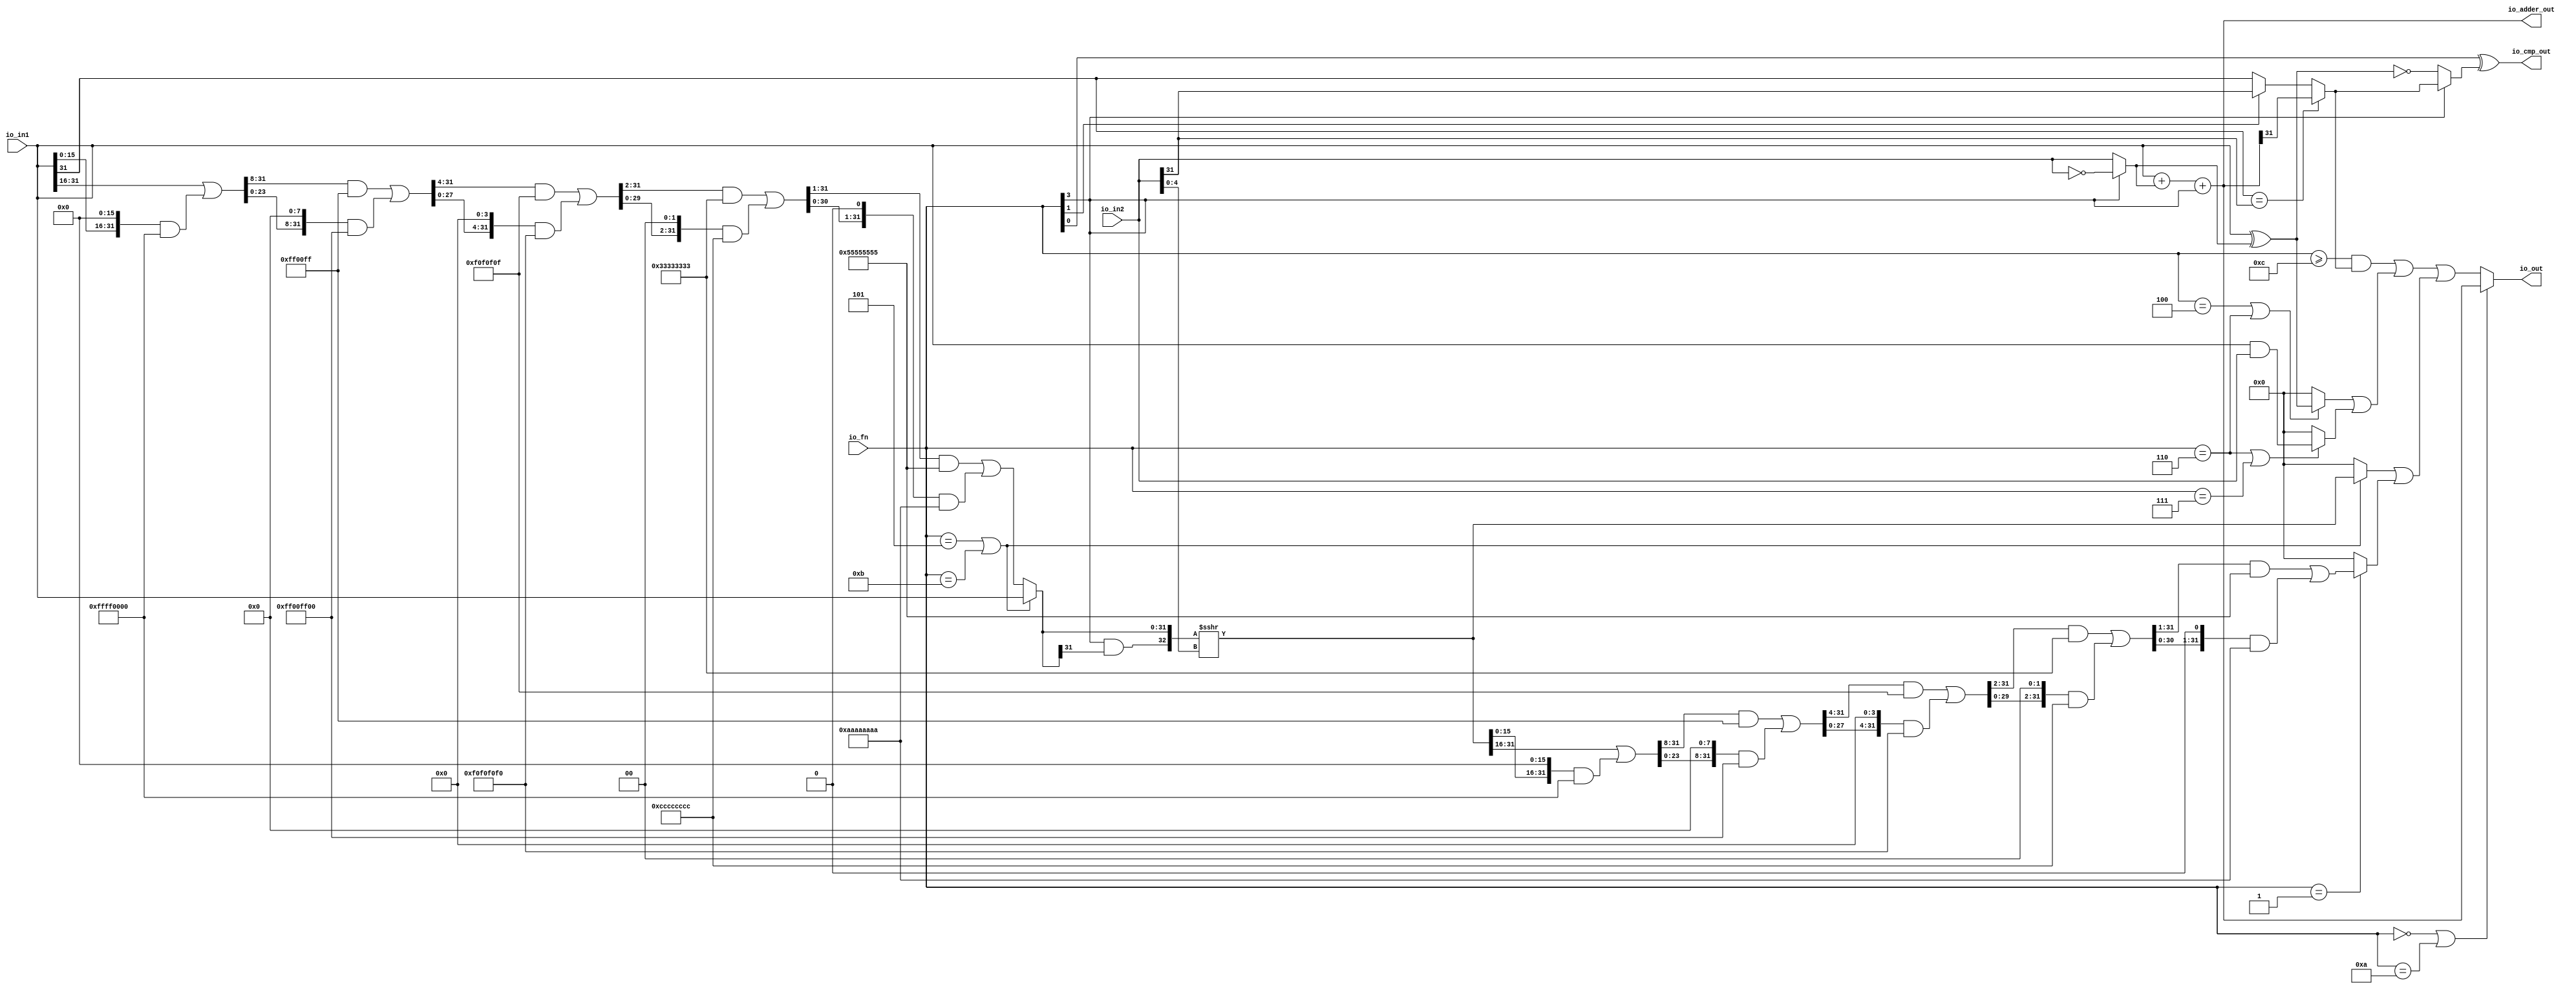
// Copyright (c) 2019, Microchip Corporation
// All rights reserved.
//
// Redistribution and use in source and binary forms, with or without
// modification, are permitted provided that the following conditions are met:
//     * Redistributions of source code must retain the above copyright
//       notice, this list of conditions and the following disclaimer.
//     * Redistributions in binary form must reproduce the above copyright
//       notice, this list of conditions and the following disclaimer in the
//       documentation and/or other materials provided with the distribution.
//     * Neither the name of the <organization> nor the
//       names of its contributors may be used to endorse or promote products
//       derived from this software without specific prior written permission.
//
// THIS SOFTWARE IS PROVIDED BY THE COPYRIGHT HOLDERS AND CONTRIBUTORS "AS IS" AND
// ANY EXPRESS OR IMPLIED WARRANTIES, INCLUDING, BUT NOT LIMITED TO, THE IMPLIED
// WARRANTIES OF MERCHANTABILITY AND FITNESS FOR A PARTICULAR PURPOSE ARE
// DISCLAIMED. IN NO EVENT SHALL MICROSEMI CORPORATIONM BE LIABLE FOR ANY
// DIRECT, INDIRECT, INCIDENTAL, SPECIAL, EXEMPLARY, OR CONSEQUENTIAL DAMAGES
// (INCLUDING, BUT NOT LIMITED TO, PROCUREMENT OF SUBSTITUTE GOODS OR SERVICES;
// LOSS OF USE, DATA, OR PROFITS; OR BUSINESS INTERRUPTION) HOWEVER CAUSED AND
// ON ANY THEORY OF LIABILITY, WHETHER IN CONTRACT, STRICT LIABILITY, OR TORT
// (INCLUDING NEGLIGENCE OR OTHERWISE) ARISING IN ANY WAY OUT OF THE USE OF THIS
// SOFTWARE, EVEN IF ADVISED OF THE POSSIBILITY OF SUCH DAMAGE.
//
// APACHE LICENSE
// Copyright (c) 2019, Microchip Corporation 
//
// Licensed under the Apache License, Version 2.0 (the "License");
// you may not use this file except in compliance with the License.
// You may obtain a copy of the License at
//
//    http://www.apache.org/licenses/LICENSE-2.0
//
// Unless required by applicable law or agreed to in writing, software
// distributed under the License is distributed on an "AS IS" BASIS,
// WITHOUT WARRANTIES OR CONDITIONS OF ANY KIND, either express or implied.
// See the License for the specific language governing permissions and
// limitations under the License.
//
// Description:
//
// SVN Revision Information:
// SVN $Revision: $
// SVN $Date: $
//
// Resolved SARs
// SAR      Date     Who   Description
//
// Notes:
//
// ****************************************************************************/
`ifndef RANDOMIZE_REG_INIT 
	 `define RANDOMIZE_REG_INIT 
 `endif
`ifndef RANDOMIZE_MEM_INIT 
	 `define RANDOMIZE_MEM_INIT 
 `endif
`ifndef RANDOMIZE 
	 `define RANDOMIZE 
`endif

`timescale 1ns/10ps
module MIV_RV32IMAF_L1_AHB_C0_MIV_RV32IMAF_L1_AHB_C0_0_MIV_RV32IMAF_L1_AHB_ALU( // @[:freechips.rocketchip.system.MivRV32ImafL1AhbConfig.fir@112576.2]
  input  [3:0]  io_fn, // @[:freechips.rocketchip.system.MivRV32ImafL1AhbConfig.fir@112579.4]
  input  [31:0] io_in2, // @[:freechips.rocketchip.system.MivRV32ImafL1AhbConfig.fir@112579.4]
  input  [31:0] io_in1, // @[:freechips.rocketchip.system.MivRV32ImafL1AhbConfig.fir@112579.4]
  output [31:0] io_out, // @[:freechips.rocketchip.system.MivRV32ImafL1AhbConfig.fir@112579.4]
  output [31:0] io_adder_out, // @[:freechips.rocketchip.system.MivRV32ImafL1AhbConfig.fir@112579.4]
  output        io_cmp_out // @[:freechips.rocketchip.system.MivRV32ImafL1AhbConfig.fir@112579.4]
);
  wire  _T_9; // @[ALU.scala 40:29:freechips.rocketchip.system.MivRV32ImafL1AhbConfig.fir@112584.4]
  wire [31:0] _T_10; // @[ALU.scala 62:35:freechips.rocketchip.system.MivRV32ImafL1AhbConfig.fir@112585.4]
  wire [31:0] in2_inv; // @[ALU.scala 62:20:freechips.rocketchip.system.MivRV32ImafL1AhbConfig.fir@112586.4]
  wire [31:0] in1_xor_in2; // @[ALU.scala 63:28:freechips.rocketchip.system.MivRV32ImafL1AhbConfig.fir@112587.4]
  wire [32:0] _T_11; // @[ALU.scala 64:26:freechips.rocketchip.system.MivRV32ImafL1AhbConfig.fir@112588.4]
  wire [31:0] _T_12; // @[ALU.scala 64:26:freechips.rocketchip.system.MivRV32ImafL1AhbConfig.fir@112589.4]
  wire [31:0] _GEN_0; // @[ALU.scala 64:36:freechips.rocketchip.system.MivRV32ImafL1AhbConfig.fir@112591.4]
  wire [32:0] _T_14; // @[ALU.scala 64:36:freechips.rocketchip.system.MivRV32ImafL1AhbConfig.fir@112591.4]
  wire [31:0] _T_15; // @[ALU.scala 64:36:freechips.rocketchip.system.MivRV32ImafL1AhbConfig.fir@112592.4]
  wire  _T_16; // @[ALU.scala 68:15:freechips.rocketchip.system.MivRV32ImafL1AhbConfig.fir@112594.4]
  wire  _T_17; // @[ALU.scala 68:34:freechips.rocketchip.system.MivRV32ImafL1AhbConfig.fir@112595.4]
  wire  _T_18; // @[ALU.scala 68:24:freechips.rocketchip.system.MivRV32ImafL1AhbConfig.fir@112596.4]
  wire  _T_19; // @[ALU.scala 68:56:freechips.rocketchip.system.MivRV32ImafL1AhbConfig.fir@112597.4]
  wire  _T_20; // @[ALU.scala 42:35:freechips.rocketchip.system.MivRV32ImafL1AhbConfig.fir@112598.4]
  wire  _T_23; // @[ALU.scala 69:8:freechips.rocketchip.system.MivRV32ImafL1AhbConfig.fir@112601.4]
  wire  slt; // @[ALU.scala 68:8:freechips.rocketchip.system.MivRV32ImafL1AhbConfig.fir@112602.4]
  wire  _T_24; // @[ALU.scala 43:35:freechips.rocketchip.system.MivRV32ImafL1AhbConfig.fir@112603.4]
  wire  _T_27; // @[ALU.scala 44:26:freechips.rocketchip.system.MivRV32ImafL1AhbConfig.fir@112605.4]
  wire  _T_29; // @[ALU.scala 70:68:freechips.rocketchip.system.MivRV32ImafL1AhbConfig.fir@112606.4]
  wire  _T_30; // @[ALU.scala 70:41:freechips.rocketchip.system.MivRV32ImafL1AhbConfig.fir@112607.4]
  wire  _T_31; // @[ALU.scala 70:36:freechips.rocketchip.system.MivRV32ImafL1AhbConfig.fir@112608.4]
  wire [4:0] shamt; // @[ALU.scala 74:28:freechips.rocketchip.system.MivRV32ImafL1AhbConfig.fir@112610.4]
  wire  _T_33; // @[ALU.scala 82:24:freechips.rocketchip.system.MivRV32ImafL1AhbConfig.fir@112611.4]
  wire  _T_35; // @[ALU.scala 82:44:freechips.rocketchip.system.MivRV32ImafL1AhbConfig.fir@112612.4]
  wire  _T_36; // @[ALU.scala 82:35:freechips.rocketchip.system.MivRV32ImafL1AhbConfig.fir@112613.4]
  wire [15:0] _T_41; // @[Bitwise.scala 103:21:freechips.rocketchip.system.MivRV32ImafL1AhbConfig.fir@112616.4]
  wire [31:0] _T_42; // @[Bitwise.scala 103:31:freechips.rocketchip.system.MivRV32ImafL1AhbConfig.fir@112617.4]
  wire [15:0] _T_43; // @[Bitwise.scala 103:46:freechips.rocketchip.system.MivRV32ImafL1AhbConfig.fir@112618.4]
  wire [31:0] _GEN_1; // @[Bitwise.scala 103:65:freechips.rocketchip.system.MivRV32ImafL1AhbConfig.fir@112619.4]
  wire [31:0] _T_44; // @[Bitwise.scala 103:65:freechips.rocketchip.system.MivRV32ImafL1AhbConfig.fir@112619.4]
  wire [31:0] _T_46; // @[Bitwise.scala 103:75:freechips.rocketchip.system.MivRV32ImafL1AhbConfig.fir@112621.4]
  wire [31:0] _T_47; // @[Bitwise.scala 103:39:freechips.rocketchip.system.MivRV32ImafL1AhbConfig.fir@112622.4]
  wire [23:0] _T_51; // @[Bitwise.scala 103:21:freechips.rocketchip.system.MivRV32ImafL1AhbConfig.fir@112626.4]
  wire [31:0] _GEN_2; // @[Bitwise.scala 103:31:freechips.rocketchip.system.MivRV32ImafL1AhbConfig.fir@112627.4]
  wire [31:0] _T_52; // @[Bitwise.scala 103:31:freechips.rocketchip.system.MivRV32ImafL1AhbConfig.fir@112627.4]
  wire [23:0] _T_53; // @[Bitwise.scala 103:46:freechips.rocketchip.system.MivRV32ImafL1AhbConfig.fir@112628.4]
  wire [31:0] _GEN_3; // @[Bitwise.scala 103:65:freechips.rocketchip.system.MivRV32ImafL1AhbConfig.fir@112629.4]
  wire [31:0] _T_54; // @[Bitwise.scala 103:65:freechips.rocketchip.system.MivRV32ImafL1AhbConfig.fir@112629.4]
  wire [31:0] _T_56; // @[Bitwise.scala 103:75:freechips.rocketchip.system.MivRV32ImafL1AhbConfig.fir@112631.4]
  wire [31:0] _T_57; // @[Bitwise.scala 103:39:freechips.rocketchip.system.MivRV32ImafL1AhbConfig.fir@112632.4]
  wire [27:0] _T_61; // @[Bitwise.scala 103:21:freechips.rocketchip.system.MivRV32ImafL1AhbConfig.fir@112636.4]
  wire [31:0] _GEN_4; // @[Bitwise.scala 103:31:freechips.rocketchip.system.MivRV32ImafL1AhbConfig.fir@112637.4]
  wire [31:0] _T_62; // @[Bitwise.scala 103:31:freechips.rocketchip.system.MivRV32ImafL1AhbConfig.fir@112637.4]
  wire [27:0] _T_63; // @[Bitwise.scala 103:46:freechips.rocketchip.system.MivRV32ImafL1AhbConfig.fir@112638.4]
  wire [31:0] _GEN_5; // @[Bitwise.scala 103:65:freechips.rocketchip.system.MivRV32ImafL1AhbConfig.fir@112639.4]
  wire [31:0] _T_64; // @[Bitwise.scala 103:65:freechips.rocketchip.system.MivRV32ImafL1AhbConfig.fir@112639.4]
  wire [31:0] _T_66; // @[Bitwise.scala 103:75:freechips.rocketchip.system.MivRV32ImafL1AhbConfig.fir@112641.4]
  wire [31:0] _T_67; // @[Bitwise.scala 103:39:freechips.rocketchip.system.MivRV32ImafL1AhbConfig.fir@112642.4]
  wire [29:0] _T_71; // @[Bitwise.scala 103:21:freechips.rocketchip.system.MivRV32ImafL1AhbConfig.fir@112646.4]
  wire [31:0] _GEN_6; // @[Bitwise.scala 103:31:freechips.rocketchip.system.MivRV32ImafL1AhbConfig.fir@112647.4]
  wire [31:0] _T_72; // @[Bitwise.scala 103:31:freechips.rocketchip.system.MivRV32ImafL1AhbConfig.fir@112647.4]
  wire [29:0] _T_73; // @[Bitwise.scala 103:46:freechips.rocketchip.system.MivRV32ImafL1AhbConfig.fir@112648.4]
  wire [31:0] _GEN_7; // @[Bitwise.scala 103:65:freechips.rocketchip.system.MivRV32ImafL1AhbConfig.fir@112649.4]
  wire [31:0] _T_74; // @[Bitwise.scala 103:65:freechips.rocketchip.system.MivRV32ImafL1AhbConfig.fir@112649.4]
  wire [31:0] _T_76; // @[Bitwise.scala 103:75:freechips.rocketchip.system.MivRV32ImafL1AhbConfig.fir@112651.4]
  wire [31:0] _T_77; // @[Bitwise.scala 103:39:freechips.rocketchip.system.MivRV32ImafL1AhbConfig.fir@112652.4]
  wire [30:0] _T_81; // @[Bitwise.scala 103:21:freechips.rocketchip.system.MivRV32ImafL1AhbConfig.fir@112656.4]
  wire [31:0] _GEN_8; // @[Bitwise.scala 103:31:freechips.rocketchip.system.MivRV32ImafL1AhbConfig.fir@112657.4]
  wire [31:0] _T_82; // @[Bitwise.scala 103:31:freechips.rocketchip.system.MivRV32ImafL1AhbConfig.fir@112657.4]
  wire [30:0] _T_83; // @[Bitwise.scala 103:46:freechips.rocketchip.system.MivRV32ImafL1AhbConfig.fir@112658.4]
  wire [31:0] _GEN_9; // @[Bitwise.scala 103:65:freechips.rocketchip.system.MivRV32ImafL1AhbConfig.fir@112659.4]
  wire [31:0] _T_84; // @[Bitwise.scala 103:65:freechips.rocketchip.system.MivRV32ImafL1AhbConfig.fir@112659.4]
  wire [31:0] _T_86; // @[Bitwise.scala 103:75:freechips.rocketchip.system.MivRV32ImafL1AhbConfig.fir@112661.4]
  wire [31:0] _T_87; // @[Bitwise.scala 103:39:freechips.rocketchip.system.MivRV32ImafL1AhbConfig.fir@112662.4]
  wire [31:0] shin; // @[ALU.scala 82:17:freechips.rocketchip.system.MivRV32ImafL1AhbConfig.fir@112663.4]
  wire  _T_89; // @[ALU.scala 83:41:freechips.rocketchip.system.MivRV32ImafL1AhbConfig.fir@112665.4]
  wire  _T_90; // @[ALU.scala 83:35:freechips.rocketchip.system.MivRV32ImafL1AhbConfig.fir@112666.4]
  wire [32:0] _T_91; // @[Cat.scala 30:58:freechips.rocketchip.system.MivRV32ImafL1AhbConfig.fir@112667.4]
  wire [32:0] _T_92; // @[ALU.scala 83:57:freechips.rocketchip.system.MivRV32ImafL1AhbConfig.fir@112668.4]
  wire [32:0] _T_93; // @[ALU.scala 83:64:freechips.rocketchip.system.MivRV32ImafL1AhbConfig.fir@112669.4]
  wire [31:0] shout_r; // @[ALU.scala 83:73:freechips.rocketchip.system.MivRV32ImafL1AhbConfig.fir@112670.4]
  wire [15:0] _T_98; // @[Bitwise.scala 103:21:freechips.rocketchip.system.MivRV32ImafL1AhbConfig.fir@112673.4]
  wire [31:0] _T_99; // @[Bitwise.scala 103:31:freechips.rocketchip.system.MivRV32ImafL1AhbConfig.fir@112674.4]
  wire [15:0] _T_100; // @[Bitwise.scala 103:46:freechips.rocketchip.system.MivRV32ImafL1AhbConfig.fir@112675.4]
  wire [31:0] _GEN_10; // @[Bitwise.scala 103:65:freechips.rocketchip.system.MivRV32ImafL1AhbConfig.fir@112676.4]
  wire [31:0] _T_101; // @[Bitwise.scala 103:65:freechips.rocketchip.system.MivRV32ImafL1AhbConfig.fir@112676.4]
  wire [31:0] _T_103; // @[Bitwise.scala 103:75:freechips.rocketchip.system.MivRV32ImafL1AhbConfig.fir@112678.4]
  wire [31:0] _T_104; // @[Bitwise.scala 103:39:freechips.rocketchip.system.MivRV32ImafL1AhbConfig.fir@112679.4]
  wire [23:0] _T_108; // @[Bitwise.scala 103:21:freechips.rocketchip.system.MivRV32ImafL1AhbConfig.fir@112683.4]
  wire [31:0] _GEN_11; // @[Bitwise.scala 103:31:freechips.rocketchip.system.MivRV32ImafL1AhbConfig.fir@112684.4]
  wire [31:0] _T_109; // @[Bitwise.scala 103:31:freechips.rocketchip.system.MivRV32ImafL1AhbConfig.fir@112684.4]
  wire [23:0] _T_110; // @[Bitwise.scala 103:46:freechips.rocketchip.system.MivRV32ImafL1AhbConfig.fir@112685.4]
  wire [31:0] _GEN_12; // @[Bitwise.scala 103:65:freechips.rocketchip.system.MivRV32ImafL1AhbConfig.fir@112686.4]
  wire [31:0] _T_111; // @[Bitwise.scala 103:65:freechips.rocketchip.system.MivRV32ImafL1AhbConfig.fir@112686.4]
  wire [31:0] _T_113; // @[Bitwise.scala 103:75:freechips.rocketchip.system.MivRV32ImafL1AhbConfig.fir@112688.4]
  wire [31:0] _T_114; // @[Bitwise.scala 103:39:freechips.rocketchip.system.MivRV32ImafL1AhbConfig.fir@112689.4]
  wire [27:0] _T_118; // @[Bitwise.scala 103:21:freechips.rocketchip.system.MivRV32ImafL1AhbConfig.fir@112693.4]
  wire [31:0] _GEN_13; // @[Bitwise.scala 103:31:freechips.rocketchip.system.MivRV32ImafL1AhbConfig.fir@112694.4]
  wire [31:0] _T_119; // @[Bitwise.scala 103:31:freechips.rocketchip.system.MivRV32ImafL1AhbConfig.fir@112694.4]
  wire [27:0] _T_120; // @[Bitwise.scala 103:46:freechips.rocketchip.system.MivRV32ImafL1AhbConfig.fir@112695.4]
  wire [31:0] _GEN_14; // @[Bitwise.scala 103:65:freechips.rocketchip.system.MivRV32ImafL1AhbConfig.fir@112696.4]
  wire [31:0] _T_121; // @[Bitwise.scala 103:65:freechips.rocketchip.system.MivRV32ImafL1AhbConfig.fir@112696.4]
  wire [31:0] _T_123; // @[Bitwise.scala 103:75:freechips.rocketchip.system.MivRV32ImafL1AhbConfig.fir@112698.4]
  wire [31:0] _T_124; // @[Bitwise.scala 103:39:freechips.rocketchip.system.MivRV32ImafL1AhbConfig.fir@112699.4]
  wire [29:0] _T_128; // @[Bitwise.scala 103:21:freechips.rocketchip.system.MivRV32ImafL1AhbConfig.fir@112703.4]
  wire [31:0] _GEN_15; // @[Bitwise.scala 103:31:freechips.rocketchip.system.MivRV32ImafL1AhbConfig.fir@112704.4]
  wire [31:0] _T_129; // @[Bitwise.scala 103:31:freechips.rocketchip.system.MivRV32ImafL1AhbConfig.fir@112704.4]
  wire [29:0] _T_130; // @[Bitwise.scala 103:46:freechips.rocketchip.system.MivRV32ImafL1AhbConfig.fir@112705.4]
  wire [31:0] _GEN_16; // @[Bitwise.scala 103:65:freechips.rocketchip.system.MivRV32ImafL1AhbConfig.fir@112706.4]
  wire [31:0] _T_131; // @[Bitwise.scala 103:65:freechips.rocketchip.system.MivRV32ImafL1AhbConfig.fir@112706.4]
  wire [31:0] _T_133; // @[Bitwise.scala 103:75:freechips.rocketchip.system.MivRV32ImafL1AhbConfig.fir@112708.4]
  wire [31:0] _T_134; // @[Bitwise.scala 103:39:freechips.rocketchip.system.MivRV32ImafL1AhbConfig.fir@112709.4]
  wire [30:0] _T_138; // @[Bitwise.scala 103:21:freechips.rocketchip.system.MivRV32ImafL1AhbConfig.fir@112713.4]
  wire [31:0] _GEN_17; // @[Bitwise.scala 103:31:freechips.rocketchip.system.MivRV32ImafL1AhbConfig.fir@112714.4]
  wire [31:0] _T_139; // @[Bitwise.scala 103:31:freechips.rocketchip.system.MivRV32ImafL1AhbConfig.fir@112714.4]
  wire [30:0] _T_140; // @[Bitwise.scala 103:46:freechips.rocketchip.system.MivRV32ImafL1AhbConfig.fir@112715.4]
  wire [31:0] _GEN_18; // @[Bitwise.scala 103:65:freechips.rocketchip.system.MivRV32ImafL1AhbConfig.fir@112716.4]
  wire [31:0] _T_141; // @[Bitwise.scala 103:65:freechips.rocketchip.system.MivRV32ImafL1AhbConfig.fir@112716.4]
  wire [31:0] _T_143; // @[Bitwise.scala 103:75:freechips.rocketchip.system.MivRV32ImafL1AhbConfig.fir@112718.4]
  wire [31:0] shout_l; // @[Bitwise.scala 103:39:freechips.rocketchip.system.MivRV32ImafL1AhbConfig.fir@112719.4]
  wire [31:0] _T_150; // @[ALU.scala 85:18:freechips.rocketchip.system.MivRV32ImafL1AhbConfig.fir@112723.4]
  wire  _T_152; // @[ALU.scala 86:25:freechips.rocketchip.system.MivRV32ImafL1AhbConfig.fir@112724.4]
  wire [31:0] _T_154; // @[ALU.scala 86:18:freechips.rocketchip.system.MivRV32ImafL1AhbConfig.fir@112725.4]
  wire [31:0] shout; // @[ALU.scala 85:74:freechips.rocketchip.system.MivRV32ImafL1AhbConfig.fir@112726.4]
  wire  _T_156; // @[ALU.scala 89:25:freechips.rocketchip.system.MivRV32ImafL1AhbConfig.fir@112727.4]
  wire  _T_158; // @[ALU.scala 89:45:freechips.rocketchip.system.MivRV32ImafL1AhbConfig.fir@112728.4]
  wire  _T_159; // @[ALU.scala 89:36:freechips.rocketchip.system.MivRV32ImafL1AhbConfig.fir@112729.4]
  wire [31:0] _T_161; // @[ALU.scala 89:18:freechips.rocketchip.system.MivRV32ImafL1AhbConfig.fir@112730.4]
  wire  _T_165; // @[ALU.scala 90:44:freechips.rocketchip.system.MivRV32ImafL1AhbConfig.fir@112732.4]
  wire  _T_166; // @[ALU.scala 90:35:freechips.rocketchip.system.MivRV32ImafL1AhbConfig.fir@112733.4]
  wire [31:0] _T_167; // @[ALU.scala 90:63:freechips.rocketchip.system.MivRV32ImafL1AhbConfig.fir@112734.4]
  wire [31:0] _T_169; // @[ALU.scala 90:18:freechips.rocketchip.system.MivRV32ImafL1AhbConfig.fir@112735.4]
  wire [31:0] logic$; // @[ALU.scala 89:78:freechips.rocketchip.system.MivRV32ImafL1AhbConfig.fir@112736.4]
  wire  _T_171; // @[ALU.scala 41:30:freechips.rocketchip.system.MivRV32ImafL1AhbConfig.fir@112737.4]
  wire  _T_172; // @[ALU.scala 91:35:freechips.rocketchip.system.MivRV32ImafL1AhbConfig.fir@112738.4]
  wire [31:0] _GEN_19; // @[ALU.scala 91:43:freechips.rocketchip.system.MivRV32ImafL1AhbConfig.fir@112739.4]
  wire [31:0] _T_173; // @[ALU.scala 91:43:freechips.rocketchip.system.MivRV32ImafL1AhbConfig.fir@112739.4]
  wire [31:0] shift_logic; // @[ALU.scala 91:51:freechips.rocketchip.system.MivRV32ImafL1AhbConfig.fir@112740.4]
  wire  _T_175; // @[ALU.scala 92:23:freechips.rocketchip.system.MivRV32ImafL1AhbConfig.fir@112741.4]
  wire  _T_177; // @[ALU.scala 92:43:freechips.rocketchip.system.MivRV32ImafL1AhbConfig.fir@112742.4]
  wire  _T_178; // @[ALU.scala 92:34:freechips.rocketchip.system.MivRV32ImafL1AhbConfig.fir@112743.4]
  wire [31:0] out; // @[ALU.scala 92:16:freechips.rocketchip.system.MivRV32ImafL1AhbConfig.fir@112744.4]
  assign _T_9 = io_fn[3]; // @[ALU.scala 40:29:freechips.rocketchip.system.MivRV32ImafL1AhbConfig.fir@112584.4]
  assign _T_10 = ~ io_in2; // @[ALU.scala 62:35:freechips.rocketchip.system.MivRV32ImafL1AhbConfig.fir@112585.4]
  assign in2_inv = _T_9 ? _T_10 : io_in2; // @[ALU.scala 62:20:freechips.rocketchip.system.MivRV32ImafL1AhbConfig.fir@112586.4]
  assign in1_xor_in2 = io_in1 ^ in2_inv; // @[ALU.scala 63:28:freechips.rocketchip.system.MivRV32ImafL1AhbConfig.fir@112587.4]
  assign _T_11 = io_in1 + in2_inv; // @[ALU.scala 64:26:freechips.rocketchip.system.MivRV32ImafL1AhbConfig.fir@112588.4]
  assign _T_12 = _T_11[31:0]; // @[ALU.scala 64:26:freechips.rocketchip.system.MivRV32ImafL1AhbConfig.fir@112589.4]
  assign _GEN_0 = {{31'd0}, _T_9}; // @[ALU.scala 64:36:freechips.rocketchip.system.MivRV32ImafL1AhbConfig.fir@112591.4]
  assign _T_14 = _T_12 + _GEN_0; // @[ALU.scala 64:36:freechips.rocketchip.system.MivRV32ImafL1AhbConfig.fir@112591.4]
  assign _T_15 = _T_14[31:0]; // @[ALU.scala 64:36:freechips.rocketchip.system.MivRV32ImafL1AhbConfig.fir@112592.4]
  assign _T_16 = io_in1[31]; // @[ALU.scala 68:15:freechips.rocketchip.system.MivRV32ImafL1AhbConfig.fir@112594.4]
  assign _T_17 = io_in2[31]; // @[ALU.scala 68:34:freechips.rocketchip.system.MivRV32ImafL1AhbConfig.fir@112595.4]
  assign _T_18 = _T_16 == _T_17; // @[ALU.scala 68:24:freechips.rocketchip.system.MivRV32ImafL1AhbConfig.fir@112596.4]
  assign _T_19 = io_adder_out[31]; // @[ALU.scala 68:56:freechips.rocketchip.system.MivRV32ImafL1AhbConfig.fir@112597.4]
  assign _T_20 = io_fn[1]; // @[ALU.scala 42:35:freechips.rocketchip.system.MivRV32ImafL1AhbConfig.fir@112598.4]
  assign _T_23 = _T_20 ? _T_17 : _T_16; // @[ALU.scala 69:8:freechips.rocketchip.system.MivRV32ImafL1AhbConfig.fir@112601.4]
  assign slt = _T_18 ? _T_19 : _T_23; // @[ALU.scala 68:8:freechips.rocketchip.system.MivRV32ImafL1AhbConfig.fir@112602.4]
  assign _T_24 = io_fn[0]; // @[ALU.scala 43:35:freechips.rocketchip.system.MivRV32ImafL1AhbConfig.fir@112603.4]
  assign _T_27 = _T_9 == 1'h0; // @[ALU.scala 44:26:freechips.rocketchip.system.MivRV32ImafL1AhbConfig.fir@112605.4]
  assign _T_29 = in1_xor_in2 == 32'h0; // @[ALU.scala 70:68:freechips.rocketchip.system.MivRV32ImafL1AhbConfig.fir@112606.4]
  assign _T_30 = _T_27 ? _T_29 : slt; // @[ALU.scala 70:41:freechips.rocketchip.system.MivRV32ImafL1AhbConfig.fir@112607.4]
  assign _T_31 = _T_24 ^ _T_30; // @[ALU.scala 70:36:freechips.rocketchip.system.MivRV32ImafL1AhbConfig.fir@112608.4]
  assign shamt = io_in2[4:0]; // @[ALU.scala 74:28:freechips.rocketchip.system.MivRV32ImafL1AhbConfig.fir@112610.4]
  assign _T_33 = io_fn == 4'h5; // @[ALU.scala 82:24:freechips.rocketchip.system.MivRV32ImafL1AhbConfig.fir@112611.4]
  assign _T_35 = io_fn == 4'hb; // @[ALU.scala 82:44:freechips.rocketchip.system.MivRV32ImafL1AhbConfig.fir@112612.4]
  assign _T_36 = _T_33 | _T_35; // @[ALU.scala 82:35:freechips.rocketchip.system.MivRV32ImafL1AhbConfig.fir@112613.4]
  assign _T_41 = io_in1[31:16]; // @[Bitwise.scala 103:21:freechips.rocketchip.system.MivRV32ImafL1AhbConfig.fir@112616.4]
  assign _T_42 = {{16'd0}, _T_41}; // @[Bitwise.scala 103:31:freechips.rocketchip.system.MivRV32ImafL1AhbConfig.fir@112617.4]
  assign _T_43 = io_in1[15:0]; // @[Bitwise.scala 103:46:freechips.rocketchip.system.MivRV32ImafL1AhbConfig.fir@112618.4]
  assign _GEN_1 = {{16'd0}, _T_43}; // @[Bitwise.scala 103:65:freechips.rocketchip.system.MivRV32ImafL1AhbConfig.fir@112619.4]
  assign _T_44 = _GEN_1 << 16; // @[Bitwise.scala 103:65:freechips.rocketchip.system.MivRV32ImafL1AhbConfig.fir@112619.4]
  assign _T_46 = _T_44 & 32'hffff0000; // @[Bitwise.scala 103:75:freechips.rocketchip.system.MivRV32ImafL1AhbConfig.fir@112621.4]
  assign _T_47 = _T_42 | _T_46; // @[Bitwise.scala 103:39:freechips.rocketchip.system.MivRV32ImafL1AhbConfig.fir@112622.4]
  assign _T_51 = _T_47[31:8]; // @[Bitwise.scala 103:21:freechips.rocketchip.system.MivRV32ImafL1AhbConfig.fir@112626.4]
  assign _GEN_2 = {{8'd0}, _T_51}; // @[Bitwise.scala 103:31:freechips.rocketchip.system.MivRV32ImafL1AhbConfig.fir@112627.4]
  assign _T_52 = _GEN_2 & 32'hff00ff; // @[Bitwise.scala 103:31:freechips.rocketchip.system.MivRV32ImafL1AhbConfig.fir@112627.4]
  assign _T_53 = _T_47[23:0]; // @[Bitwise.scala 103:46:freechips.rocketchip.system.MivRV32ImafL1AhbConfig.fir@112628.4]
  assign _GEN_3 = {{8'd0}, _T_53}; // @[Bitwise.scala 103:65:freechips.rocketchip.system.MivRV32ImafL1AhbConfig.fir@112629.4]
  assign _T_54 = _GEN_3 << 8; // @[Bitwise.scala 103:65:freechips.rocketchip.system.MivRV32ImafL1AhbConfig.fir@112629.4]
  assign _T_56 = _T_54 & 32'hff00ff00; // @[Bitwise.scala 103:75:freechips.rocketchip.system.MivRV32ImafL1AhbConfig.fir@112631.4]
  assign _T_57 = _T_52 | _T_56; // @[Bitwise.scala 103:39:freechips.rocketchip.system.MivRV32ImafL1AhbConfig.fir@112632.4]
  assign _T_61 = _T_57[31:4]; // @[Bitwise.scala 103:21:freechips.rocketchip.system.MivRV32ImafL1AhbConfig.fir@112636.4]
  assign _GEN_4 = {{4'd0}, _T_61}; // @[Bitwise.scala 103:31:freechips.rocketchip.system.MivRV32ImafL1AhbConfig.fir@112637.4]
  assign _T_62 = _GEN_4 & 32'hf0f0f0f; // @[Bitwise.scala 103:31:freechips.rocketchip.system.MivRV32ImafL1AhbConfig.fir@112637.4]
  assign _T_63 = _T_57[27:0]; // @[Bitwise.scala 103:46:freechips.rocketchip.system.MivRV32ImafL1AhbConfig.fir@112638.4]
  assign _GEN_5 = {{4'd0}, _T_63}; // @[Bitwise.scala 103:65:freechips.rocketchip.system.MivRV32ImafL1AhbConfig.fir@112639.4]
  assign _T_64 = _GEN_5 << 4; // @[Bitwise.scala 103:65:freechips.rocketchip.system.MivRV32ImafL1AhbConfig.fir@112639.4]
  assign _T_66 = _T_64 & 32'hf0f0f0f0; // @[Bitwise.scala 103:75:freechips.rocketchip.system.MivRV32ImafL1AhbConfig.fir@112641.4]
  assign _T_67 = _T_62 | _T_66; // @[Bitwise.scala 103:39:freechips.rocketchip.system.MivRV32ImafL1AhbConfig.fir@112642.4]
  assign _T_71 = _T_67[31:2]; // @[Bitwise.scala 103:21:freechips.rocketchip.system.MivRV32ImafL1AhbConfig.fir@112646.4]
  assign _GEN_6 = {{2'd0}, _T_71}; // @[Bitwise.scala 103:31:freechips.rocketchip.system.MivRV32ImafL1AhbConfig.fir@112647.4]
  assign _T_72 = _GEN_6 & 32'h33333333; // @[Bitwise.scala 103:31:freechips.rocketchip.system.MivRV32ImafL1AhbConfig.fir@112647.4]
  assign _T_73 = _T_67[29:0]; // @[Bitwise.scala 103:46:freechips.rocketchip.system.MivRV32ImafL1AhbConfig.fir@112648.4]
  assign _GEN_7 = {{2'd0}, _T_73}; // @[Bitwise.scala 103:65:freechips.rocketchip.system.MivRV32ImafL1AhbConfig.fir@112649.4]
  assign _T_74 = _GEN_7 << 2; // @[Bitwise.scala 103:65:freechips.rocketchip.system.MivRV32ImafL1AhbConfig.fir@112649.4]
  assign _T_76 = _T_74 & 32'hcccccccc; // @[Bitwise.scala 103:75:freechips.rocketchip.system.MivRV32ImafL1AhbConfig.fir@112651.4]
  assign _T_77 = _T_72 | _T_76; // @[Bitwise.scala 103:39:freechips.rocketchip.system.MivRV32ImafL1AhbConfig.fir@112652.4]
  assign _T_81 = _T_77[31:1]; // @[Bitwise.scala 103:21:freechips.rocketchip.system.MivRV32ImafL1AhbConfig.fir@112656.4]
  assign _GEN_8 = {{1'd0}, _T_81}; // @[Bitwise.scala 103:31:freechips.rocketchip.system.MivRV32ImafL1AhbConfig.fir@112657.4]
  assign _T_82 = _GEN_8 & 32'h55555555; // @[Bitwise.scala 103:31:freechips.rocketchip.system.MivRV32ImafL1AhbConfig.fir@112657.4]
  assign _T_83 = _T_77[30:0]; // @[Bitwise.scala 103:46:freechips.rocketchip.system.MivRV32ImafL1AhbConfig.fir@112658.4]
  assign _GEN_9 = {{1'd0}, _T_83}; // @[Bitwise.scala 103:65:freechips.rocketchip.system.MivRV32ImafL1AhbConfig.fir@112659.4]
  assign _T_84 = _GEN_9 << 1; // @[Bitwise.scala 103:65:freechips.rocketchip.system.MivRV32ImafL1AhbConfig.fir@112659.4]
  assign _T_86 = _T_84 & 32'haaaaaaaa; // @[Bitwise.scala 103:75:freechips.rocketchip.system.MivRV32ImafL1AhbConfig.fir@112661.4]
  assign _T_87 = _T_82 | _T_86; // @[Bitwise.scala 103:39:freechips.rocketchip.system.MivRV32ImafL1AhbConfig.fir@112662.4]
  assign shin = _T_36 ? io_in1 : _T_87; // @[ALU.scala 82:17:freechips.rocketchip.system.MivRV32ImafL1AhbConfig.fir@112663.4]
  assign _T_89 = shin[31]; // @[ALU.scala 83:41:freechips.rocketchip.system.MivRV32ImafL1AhbConfig.fir@112665.4]
  assign _T_90 = _T_9 & _T_89; // @[ALU.scala 83:35:freechips.rocketchip.system.MivRV32ImafL1AhbConfig.fir@112666.4]
  assign _T_91 = {_T_90,shin}; // @[Cat.scala 30:58:freechips.rocketchip.system.MivRV32ImafL1AhbConfig.fir@112667.4]
  assign _T_92 = $signed(_T_91); // @[ALU.scala 83:57:freechips.rocketchip.system.MivRV32ImafL1AhbConfig.fir@112668.4]
  assign _T_93 = $signed(_T_92) >>> shamt; // @[ALU.scala 83:64:freechips.rocketchip.system.MivRV32ImafL1AhbConfig.fir@112669.4]
  assign shout_r = _T_93[31:0]; // @[ALU.scala 83:73:freechips.rocketchip.system.MivRV32ImafL1AhbConfig.fir@112670.4]
  assign _T_98 = shout_r[31:16]; // @[Bitwise.scala 103:21:freechips.rocketchip.system.MivRV32ImafL1AhbConfig.fir@112673.4]
  assign _T_99 = {{16'd0}, _T_98}; // @[Bitwise.scala 103:31:freechips.rocketchip.system.MivRV32ImafL1AhbConfig.fir@112674.4]
  assign _T_100 = shout_r[15:0]; // @[Bitwise.scala 103:46:freechips.rocketchip.system.MivRV32ImafL1AhbConfig.fir@112675.4]
  assign _GEN_10 = {{16'd0}, _T_100}; // @[Bitwise.scala 103:65:freechips.rocketchip.system.MivRV32ImafL1AhbConfig.fir@112676.4]
  assign _T_101 = _GEN_10 << 16; // @[Bitwise.scala 103:65:freechips.rocketchip.system.MivRV32ImafL1AhbConfig.fir@112676.4]
  assign _T_103 = _T_101 & 32'hffff0000; // @[Bitwise.scala 103:75:freechips.rocketchip.system.MivRV32ImafL1AhbConfig.fir@112678.4]
  assign _T_104 = _T_99 | _T_103; // @[Bitwise.scala 103:39:freechips.rocketchip.system.MivRV32ImafL1AhbConfig.fir@112679.4]
  assign _T_108 = _T_104[31:8]; // @[Bitwise.scala 103:21:freechips.rocketchip.system.MivRV32ImafL1AhbConfig.fir@112683.4]
  assign _GEN_11 = {{8'd0}, _T_108}; // @[Bitwise.scala 103:31:freechips.rocketchip.system.MivRV32ImafL1AhbConfig.fir@112684.4]
  assign _T_109 = _GEN_11 & 32'hff00ff; // @[Bitwise.scala 103:31:freechips.rocketchip.system.MivRV32ImafL1AhbConfig.fir@112684.4]
  assign _T_110 = _T_104[23:0]; // @[Bitwise.scala 103:46:freechips.rocketchip.system.MivRV32ImafL1AhbConfig.fir@112685.4]
  assign _GEN_12 = {{8'd0}, _T_110}; // @[Bitwise.scala 103:65:freechips.rocketchip.system.MivRV32ImafL1AhbConfig.fir@112686.4]
  assign _T_111 = _GEN_12 << 8; // @[Bitwise.scala 103:65:freechips.rocketchip.system.MivRV32ImafL1AhbConfig.fir@112686.4]
  assign _T_113 = _T_111 & 32'hff00ff00; // @[Bitwise.scala 103:75:freechips.rocketchip.system.MivRV32ImafL1AhbConfig.fir@112688.4]
  assign _T_114 = _T_109 | _T_113; // @[Bitwise.scala 103:39:freechips.rocketchip.system.MivRV32ImafL1AhbConfig.fir@112689.4]
  assign _T_118 = _T_114[31:4]; // @[Bitwise.scala 103:21:freechips.rocketchip.system.MivRV32ImafL1AhbConfig.fir@112693.4]
  assign _GEN_13 = {{4'd0}, _T_118}; // @[Bitwise.scala 103:31:freechips.rocketchip.system.MivRV32ImafL1AhbConfig.fir@112694.4]
  assign _T_119 = _GEN_13 & 32'hf0f0f0f; // @[Bitwise.scala 103:31:freechips.rocketchip.system.MivRV32ImafL1AhbConfig.fir@112694.4]
  assign _T_120 = _T_114[27:0]; // @[Bitwise.scala 103:46:freechips.rocketchip.system.MivRV32ImafL1AhbConfig.fir@112695.4]
  assign _GEN_14 = {{4'd0}, _T_120}; // @[Bitwise.scala 103:65:freechips.rocketchip.system.MivRV32ImafL1AhbConfig.fir@112696.4]
  assign _T_121 = _GEN_14 << 4; // @[Bitwise.scala 103:65:freechips.rocketchip.system.MivRV32ImafL1AhbConfig.fir@112696.4]
  assign _T_123 = _T_121 & 32'hf0f0f0f0; // @[Bitwise.scala 103:75:freechips.rocketchip.system.MivRV32ImafL1AhbConfig.fir@112698.4]
  assign _T_124 = _T_119 | _T_123; // @[Bitwise.scala 103:39:freechips.rocketchip.system.MivRV32ImafL1AhbConfig.fir@112699.4]
  assign _T_128 = _T_124[31:2]; // @[Bitwise.scala 103:21:freechips.rocketchip.system.MivRV32ImafL1AhbConfig.fir@112703.4]
  assign _GEN_15 = {{2'd0}, _T_128}; // @[Bitwise.scala 103:31:freechips.rocketchip.system.MivRV32ImafL1AhbConfig.fir@112704.4]
  assign _T_129 = _GEN_15 & 32'h33333333; // @[Bitwise.scala 103:31:freechips.rocketchip.system.MivRV32ImafL1AhbConfig.fir@112704.4]
  assign _T_130 = _T_124[29:0]; // @[Bitwise.scala 103:46:freechips.rocketchip.system.MivRV32ImafL1AhbConfig.fir@112705.4]
  assign _GEN_16 = {{2'd0}, _T_130}; // @[Bitwise.scala 103:65:freechips.rocketchip.system.MivRV32ImafL1AhbConfig.fir@112706.4]
  assign _T_131 = _GEN_16 << 2; // @[Bitwise.scala 103:65:freechips.rocketchip.system.MivRV32ImafL1AhbConfig.fir@112706.4]
  assign _T_133 = _T_131 & 32'hcccccccc; // @[Bitwise.scala 103:75:freechips.rocketchip.system.MivRV32ImafL1AhbConfig.fir@112708.4]
  assign _T_134 = _T_129 | _T_133; // @[Bitwise.scala 103:39:freechips.rocketchip.system.MivRV32ImafL1AhbConfig.fir@112709.4]
  assign _T_138 = _T_134[31:1]; // @[Bitwise.scala 103:21:freechips.rocketchip.system.MivRV32ImafL1AhbConfig.fir@112713.4]
  assign _GEN_17 = {{1'd0}, _T_138}; // @[Bitwise.scala 103:31:freechips.rocketchip.system.MivRV32ImafL1AhbConfig.fir@112714.4]
  assign _T_139 = _GEN_17 & 32'h55555555; // @[Bitwise.scala 103:31:freechips.rocketchip.system.MivRV32ImafL1AhbConfig.fir@112714.4]
  assign _T_140 = _T_134[30:0]; // @[Bitwise.scala 103:46:freechips.rocketchip.system.MivRV32ImafL1AhbConfig.fir@112715.4]
  assign _GEN_18 = {{1'd0}, _T_140}; // @[Bitwise.scala 103:65:freechips.rocketchip.system.MivRV32ImafL1AhbConfig.fir@112716.4]
  assign _T_141 = _GEN_18 << 1; // @[Bitwise.scala 103:65:freechips.rocketchip.system.MivRV32ImafL1AhbConfig.fir@112716.4]
  assign _T_143 = _T_141 & 32'haaaaaaaa; // @[Bitwise.scala 103:75:freechips.rocketchip.system.MivRV32ImafL1AhbConfig.fir@112718.4]
  assign shout_l = _T_139 | _T_143; // @[Bitwise.scala 103:39:freechips.rocketchip.system.MivRV32ImafL1AhbConfig.fir@112719.4]
  assign _T_150 = _T_36 ? shout_r : 32'h0; // @[ALU.scala 85:18:freechips.rocketchip.system.MivRV32ImafL1AhbConfig.fir@112723.4]
  assign _T_152 = io_fn == 4'h1; // @[ALU.scala 86:25:freechips.rocketchip.system.MivRV32ImafL1AhbConfig.fir@112724.4]
  assign _T_154 = _T_152 ? shout_l : 32'h0; // @[ALU.scala 86:18:freechips.rocketchip.system.MivRV32ImafL1AhbConfig.fir@112725.4]
  assign shout = _T_150 | _T_154; // @[ALU.scala 85:74:freechips.rocketchip.system.MivRV32ImafL1AhbConfig.fir@112726.4]
  assign _T_156 = io_fn == 4'h4; // @[ALU.scala 89:25:freechips.rocketchip.system.MivRV32ImafL1AhbConfig.fir@112727.4]
  assign _T_158 = io_fn == 4'h6; // @[ALU.scala 89:45:freechips.rocketchip.system.MivRV32ImafL1AhbConfig.fir@112728.4]
  assign _T_159 = _T_156 | _T_158; // @[ALU.scala 89:36:freechips.rocketchip.system.MivRV32ImafL1AhbConfig.fir@112729.4]
  assign _T_161 = _T_159 ? in1_xor_in2 : 32'h0; // @[ALU.scala 89:18:freechips.rocketchip.system.MivRV32ImafL1AhbConfig.fir@112730.4]
  assign _T_165 = io_fn == 4'h7; // @[ALU.scala 90:44:freechips.rocketchip.system.MivRV32ImafL1AhbConfig.fir@112732.4]
  assign _T_166 = _T_158 | _T_165; // @[ALU.scala 90:35:freechips.rocketchip.system.MivRV32ImafL1AhbConfig.fir@112733.4]
  assign _T_167 = io_in1 & io_in2; // @[ALU.scala 90:63:freechips.rocketchip.system.MivRV32ImafL1AhbConfig.fir@112734.4]
  assign _T_169 = _T_166 ? _T_167 : 32'h0; // @[ALU.scala 90:18:freechips.rocketchip.system.MivRV32ImafL1AhbConfig.fir@112735.4]
  assign logic$ = _T_161 | _T_169; // @[ALU.scala 89:78:freechips.rocketchip.system.MivRV32ImafL1AhbConfig.fir@112736.4]
  assign _T_171 = io_fn >= 4'hc; // @[ALU.scala 41:30:freechips.rocketchip.system.MivRV32ImafL1AhbConfig.fir@112737.4]
  assign _T_172 = _T_171 & slt; // @[ALU.scala 91:35:freechips.rocketchip.system.MivRV32ImafL1AhbConfig.fir@112738.4]
  assign _GEN_19 = {{31'd0}, _T_172}; // @[ALU.scala 91:43:freechips.rocketchip.system.MivRV32ImafL1AhbConfig.fir@112739.4]
  assign _T_173 = _GEN_19 | logic$; // @[ALU.scala 91:43:freechips.rocketchip.system.MivRV32ImafL1AhbConfig.fir@112739.4]
  assign shift_logic = _T_173 | shout; // @[ALU.scala 91:51:freechips.rocketchip.system.MivRV32ImafL1AhbConfig.fir@112740.4]
  assign _T_175 = io_fn == 4'h0; // @[ALU.scala 92:23:freechips.rocketchip.system.MivRV32ImafL1AhbConfig.fir@112741.4]
  assign _T_177 = io_fn == 4'ha; // @[ALU.scala 92:43:freechips.rocketchip.system.MivRV32ImafL1AhbConfig.fir@112742.4]
  assign _T_178 = _T_175 | _T_177; // @[ALU.scala 92:34:freechips.rocketchip.system.MivRV32ImafL1AhbConfig.fir@112743.4]
  assign out = _T_178 ? io_adder_out : shift_logic; // @[ALU.scala 92:16:freechips.rocketchip.system.MivRV32ImafL1AhbConfig.fir@112744.4]
  assign io_out = out;
  assign io_adder_out = _T_15;
  assign io_cmp_out = _T_31;
endmodule